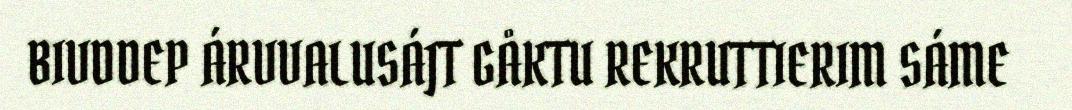
BIVDDEP ÁRVVALUSÁJT GÅKTU REKRUTTIERIM SÁME